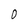
Character: 0